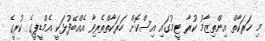
މި ހަރަކާތް އިންތިޒާމު ކުރާ ޓީމުގައި އިސްކޮށް ހަރަކާތްތެރިވާ އެއްބޭފުޅަކީ އެމްޑީޕީގެ ކުރީގެ